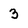
Character: 3